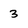
Character: 3